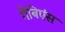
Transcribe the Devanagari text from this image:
गैबिएंस